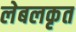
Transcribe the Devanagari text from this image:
लेबलकृत